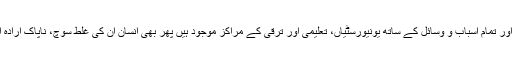
آپ پوری دنیا پر ایک نظر دوڑائیں گے تو یہی اندازہ ہوگا کہ ملک میں بڑی سے بڑی اور تمام اسباب و وسائل کے ساتھ یونیورسٹیاں، تعلیمی اور ترقی کے مراکز موجود ہیں پھر بھی انسان ان کی غلط سوچ، ناپاک ارادہ اور بدنیتی کی بھٹی میں جل رہا ہے، انسانیت پر ہر وز نت نئے طریقے سے افکار ہے۔